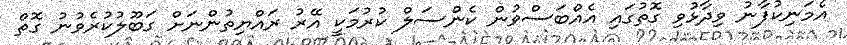
އެމަނިކުފާނު ވިދާޅުވި ގޮތުގައި އެއްބަސްވުން ކެންސަލް ކުރުމަކީ އޭރު ރައްޔިތުންނަށް ގަބޫލުކުރެވުނު ގޮތް